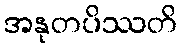
အနုတပိဿတိ